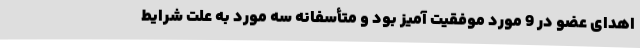
اهدای عضو در 9 مورد موفقیت آمیز بود و متأسفانه سه مورد به علت شرایط